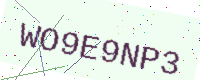
Text: WO9E9NP3